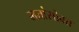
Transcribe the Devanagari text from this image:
मतांसोबत